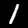
Digit: 1